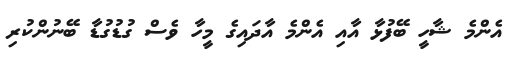
އެންމެ ޝާހީ ބޭފުޅާ އާއި އެންމެ އާދައިގެ މީހާ ވެސް ގުޑުގުޑާ ބޭނުންކުރި